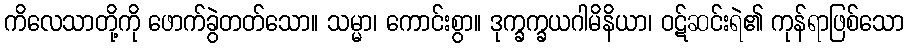
ကိလေသာတို့ကို ဖောက်ခွဲတတ်သော။ သမ္မာ၊ ကောင်းစွာ။ ဒုက္ခက္ခယဂါမိနိယာ၊ ဝဋ်ဆင်းရဲ၏ ကုန်ရာဖြစ်သော